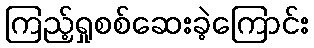
ကြည့်ရှုစစ်ဆေးခဲ့ကြောင်း